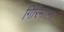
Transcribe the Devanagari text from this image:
गिरिमाला